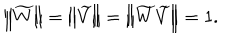
\left\| \widetilde { W } \right\| = \left\| \widetilde { V } \right\| = \left\| \widetilde { W } \widetilde { V } \right\| = 1 .